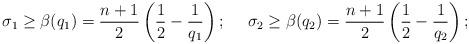
LaTeX: \begin{align*} &\sigma_1 \geq \beta (q_1) = \frac{n+1}{2} \left(\frac{1}{2} - \frac{1}{q_1}\right);& &\sigma_2 \geq \beta (q_2) = \frac{n+1}{2} \left(\frac{1}{2} - \frac{1}{q_2}\right);& \end{align*}